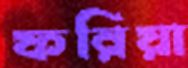
ফরিয়া